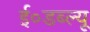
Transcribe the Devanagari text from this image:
ई०डब्ल्यू